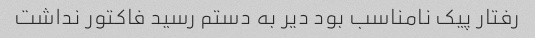
رفتار پیک نامناسب بود دیر به دستم رسید فاکتور نداشت